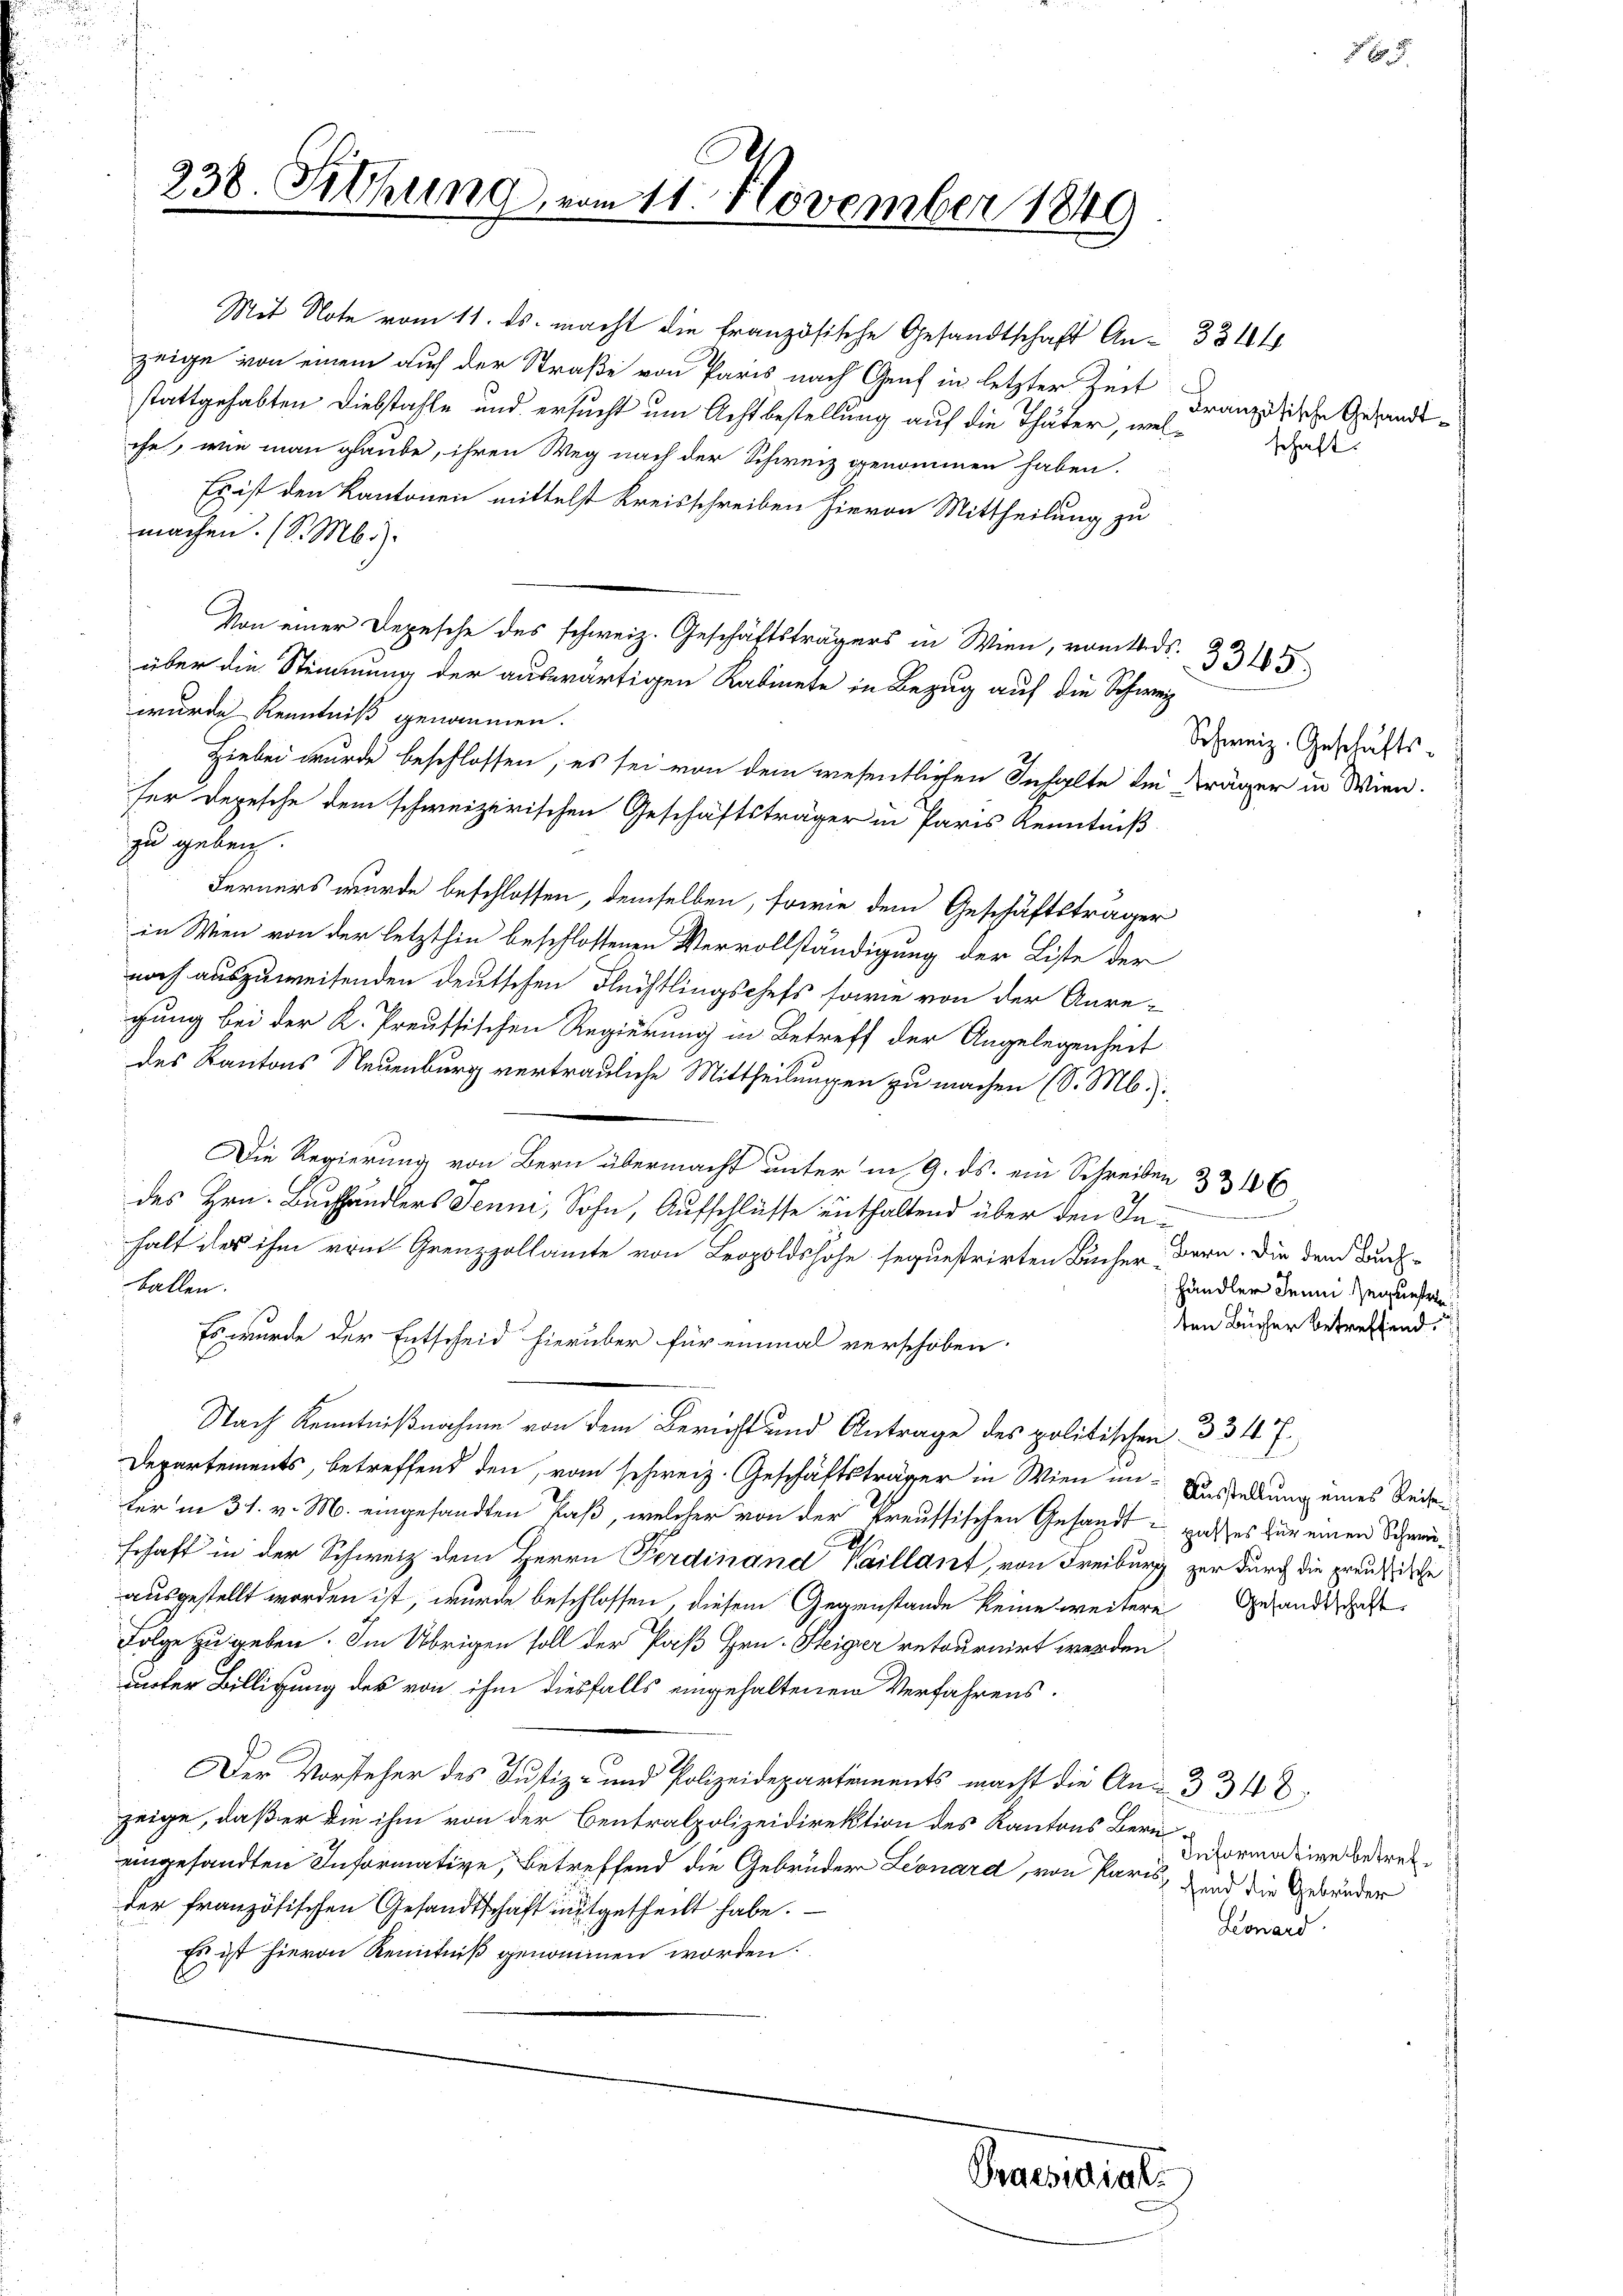
238. Sitzung vom 11. November 1849

stattgehabten Diebstahle und ersucht um Achtbestellung auf die Thäter, welefe, wie man glaube, ihren Weg nach der Schweiz genommen haben.
Es ist den Kantonen mittelst Kreisschreiben hievon Mittheilung zu
machen. (S. Mb.):
über die Stimmung der auswärtigen Kabinete in Bezug auf die Schweiz
wurde Kenntniß genommen.
Hiebei wurde beschlossen, es sei von dem wesentlichen Inhalte den Träger in Wien.
ser Depesche dem schweizerischen Geschäftsträger in Paris Kenntniß
zu geben.
Ferners wurde beschlossen, demselben, sowie dem Geschäftsträger
in Wien von der letzthin beschlossenen Vervollständigung der Liste der
noch auszuweisenden deutschen Flüchtlingschefs sowie von der Anre
gung bei der K. Preussischen Regierung in Betreff der Angelegenheit
des Kantons Neuenburg vertrauliche Mittheilungen zu machen (S. M.).
Die Regierung von Bern übermacht unter in 9. ds. ein Schreiben 33 106
des Hrn. Buchhändlers Jenni, Sohn, Aufschlüsse enthaltend über den Inhalt des ihm vom Grenzzollamte von Leopoldshohe sequestrirten Bücher dern. Die dem Buchballen.
Es wurde der Entscheid hierüber für einmal verschoben
Nach Kenntnißnahme von dem Bericht und Antrage des politischen 334 f.
Departements, betreffend den, vom schweiz. Geschäftsträger in Wien in Aussiedlung eines Reinter in 31. v. M. eingesandten Paß, welcher von der kreussischen Gesandt in Halses für einen Schweischaft in der Schweiz dem Herrn Ferdinand Vaillant, von Freiburg zur durch die Frauische
ausgestellt worden ist, wurde beschlossen, diesem Gegenstände keine weitere Gesandtschaft
Folge zu geben. Im Übrigen soll der Paß Hrn. Steiger retournirt werden
unter Billigung des von ihm diesfalls eingehaltenen Verfahrens.
Der Vorsteher des Justiz- und Polizeidepartements macht die An- 334 8
zeige, daß er die ihm von der Centralpolizeidirektion des Kantons Bern
eingesandten Informative, Betreffend die Gebrüder Leonard, von Paris, und die Gebrüder
der französischen Gesandtschaft mitgetheilt habe.
Es ist hievon Kenntniß genommen worden.

Mit Note vom 11. ds. macht die französische Gesandtschaft An- 334 f
zeige von einem auch der Straße von Paris nach Genf in letzter Zeit

Von einer Depesche des schweiz. Geschäftsträgers in Wien, romtleids.

Praesidiati

Französische Gesandtschaft.

Schweiz. Geschäfts

händler Jenni Zeugunstren
ten Bücher betreffend.

3345.

Informative betref¬
Leonard